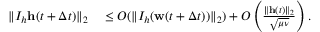
\begin{array} { r l } { \| I _ { h } \mathbf { h } ( t + \Delta t ) \| _ { 2 } } & { { } \leq O ( \| I _ { h } ( \mathbf { w } ( t + \Delta t ) ) \| _ { 2 } ) + O \left( \frac { \| \mathbf { h } ( t ) \| _ { 2 } } { \sqrt { \mu \nu } } \right) . } \end{array}